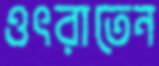
ওৎরাতেন